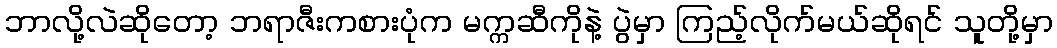
ဘာလို့လဲဆိုတော့ ဘရာဇီးကစားပုံက မက္ကဆီကိုနဲ့ ပွဲမှာ ကြည့်လိုက်မယ်ဆိုရင် သူတို့မှာ